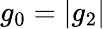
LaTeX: g_{0}=|g_{2}|